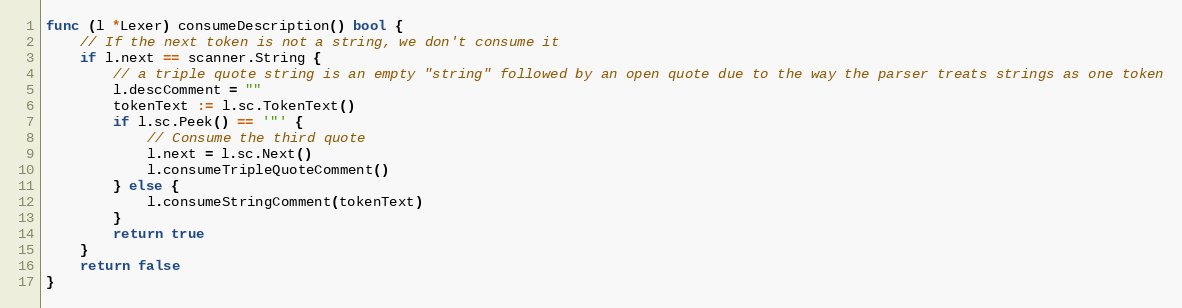
Language: Go
func (l *Lexer) consumeDescription() bool {
	// If the next token is not a string, we don't consume it
	if l.next == scanner.String {
		// a triple quote string is an empty "string" followed by an open quote due to the way the parser treats strings as one token
		l.descComment = ""
		tokenText := l.sc.TokenText()
		if l.sc.Peek() == '"' {
			// Consume the third quote
			l.next = l.sc.Next()
			l.consumeTripleQuoteComment()
		} else {
			l.consumeStringComment(tokenText)
		}
		return true
	}
	return false
}